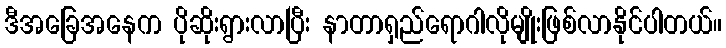
ဒီအခြေအနေက ပိုဆိုးရွားလာပြီး နာတာရှည်ရောဂါလိုမျိုးဖြစ်လာနိုင်ပါတယ်။